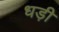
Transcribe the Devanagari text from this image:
धड़ी